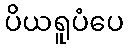
ပိယရူပံပေ